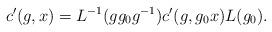
LaTeX: \begin{align*}c'(g,x)=L^{-1}(gg_0g^{-1})c'(g, g_0x)L(g_0).\end{align*}